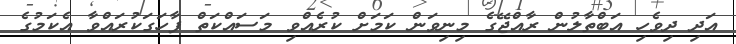
އަދި ދިވެހި އަބްތާލުން ރާއްޖޭގެ މިނިވަން ކަމަށް ކުރެއްވި މަސައްކަތް ފާހަގަކުރައްވާ އެކަމުގެ